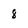
Character: 8